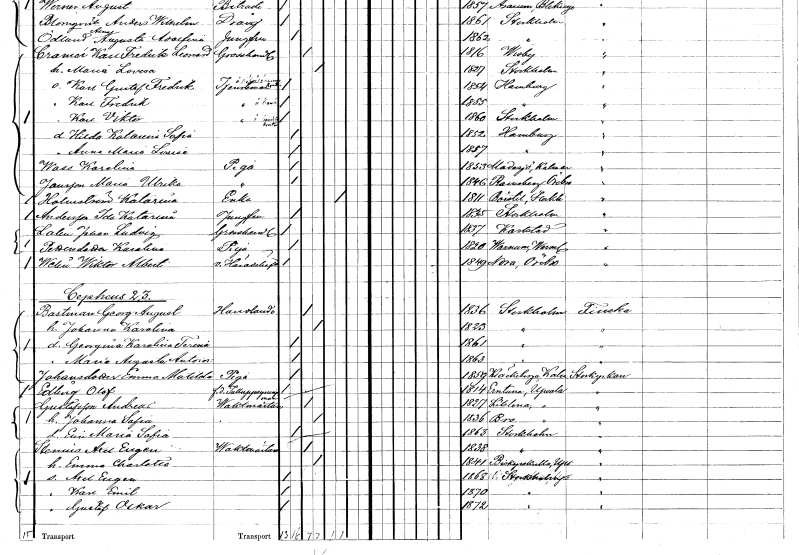
gt_parse: households: individuals: FN: Anna Maria Louise
KON: K
CIV: O
FODAR: 1857
FN: Karolina
EN: Wass
YRKE: Piga
KON: K
CIV: O
FODAR: 1853
FODFORS: Madesjö Kalmar län
FN: Maria Ulrika
EN: Jansson
YRKE: Piga
KON: K
CIV: O
FODAR: 1846
FODFORS: Ramsberg Örebro län
FN: Katarina
EN: Holmström
YRKE: Änka
KON: K
CIV: E
FODAR: 1811
FODFORS: Börstil Uppsala län
FN: Ida Katarina
EN: Andersson
YRKE: Jungfru
KON: K
CIV: O
FODAR: 1835
FODFORS: Stockholm
FN: Johan Ludvig
EN: Lalin
YRKE: Grosshandlare
KON: M
CIV: O
FODAR: 1837
FODFORS: Karlstad Värmlands län
FN: Karolina
EN: Pettersdotter
YRKE: Piga
KON: K
CIV: O
FODAR: 1820
FODFORS: Varnum Värmlands län
FN: Wiktor Albert
EN: Welin
YRKE: Häradshövding v.
KON: M
CIV: O
FODAR: 1849
FODFORS: Nora Örebro län
FN: Georg August
EN: Bastman
YRKE: Handlande
KON: M
CIV: G
FODAR: 1836
FODFORS: Stockholm
FN: Johanna Karolina
KON: K
CIV: G
FODAR: 1823
FODFORS: Stockholm
FN: Georgina Karolina Teresia
KON: K
CIV: O
FODAR: 1861
FODFORS: Stockholm
FN: Maria Augusta Antoinetta
KON: K
CIV: O
FODAR: 1863
FODFORS: Stockholm
FN: Emma Matilda
EN: Johansdotter
YRKE: Piga
KON: K
CIV: O
FODAR: 1859
FODFORS: Kläckeberga Kalmar län
FN: Olof
EN: Edberg
YRKE: Tulluppsyningsman f.d.
KON: M
CIV: O
FODAR: 1814
FODFORS: Ärentuna Uppsala län
FN: Andreas
EN: Gustafsson
YRKE: Vaktmästare
KON: M
CIV: G
FODAR: 1827
FODFORS: Litslena Uppsala län
FN: Johanna Sofia
KON: K
CIV: G
FODAR: 1836
FODFORS: Bro Stockholms län
FN: Elin Maria Sofia
KON: K
CIV: O
FODAR: 1863
FODFORS: Stockholm
FN: Axel Eugen
EN: Stenius
YRKE: Vaktmästare
KON: M
CIV: G
FODAR: 1838
FODFORS: Stockholm
FN: Emma Charlotta
KON: K
CIV: G
FODAR: 1841
FODFORS: Biskopskulla Uppsala län
FN: Axel Eugen
KON: M
CIV: O
FODAR: 1868
FODFORS: Storkyrkoförsamlingen Stockholms stad
FN: Karl Emil
KON: M
CIV: O
FODAR: 1870
FODFORS: Storkyrkoförsamlingen Stockholms stad
FN: Gustaf Oskar
KON: M
CIV: O
FODAR: 1872
FODFORS: Storkyrkoförsamlingen Stockholms stad